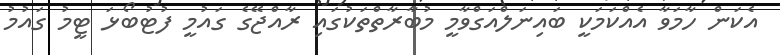
އެކަން ހާމަވާ އެއްކަމަކީ ބައިނަލްއަގްވާމީ މުބާރާތްތަކުގައި ރާއްޖޭގެ ގައުމީ ފުޓުބޯޅަ ޓީމު ގައުމު